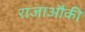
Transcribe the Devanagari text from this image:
राजाऔकी